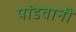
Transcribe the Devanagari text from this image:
पांडवानी